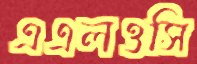
এএলওসি